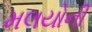
મલયોની